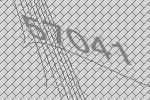
57041